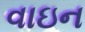
વાઇન